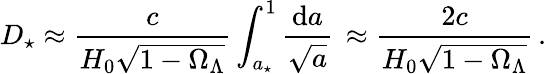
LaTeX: D_{\star}\approx\frac{c}{H_{0}\sqrt{1-\Omega_{\Lambda}}}\int_{a_{\star}}^{1}\frac{\mathrm{d}a}{\sqrt{a}}\, \approx\frac{2c}{H_{0}\sqrt{1-\Omega_{\Lambda}}}\, .